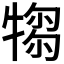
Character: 𤛃